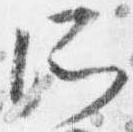
所